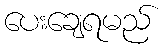
ပေးချေရမည်